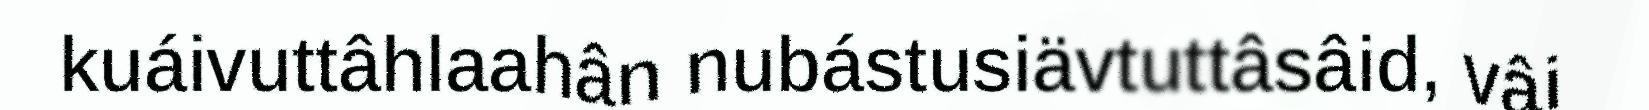
kuáivuttâhlaahân nubástusiävtuttâsâid, vâi